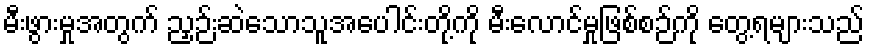
မီးဖွားမှုအတွက် ညှဉ်းဆဲသောသူအပေါင်းတို့ကို မီးလောင်မှုဖြစ်စဉ်ကို တွေ့ရများသည်